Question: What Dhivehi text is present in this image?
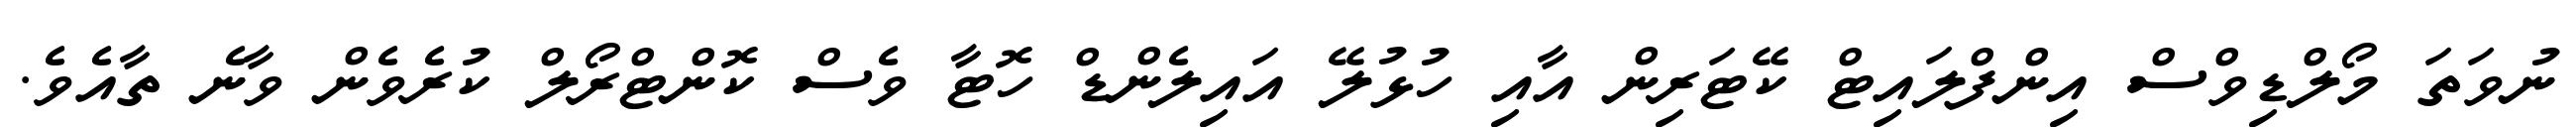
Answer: ނުވަތަ މޯލްޑިވްސް އިންފްލައިޓް ކޭޓަރިން އާއި ހުޅުލޭ އައިލެންޑް ހޮޓާ ވެސް ކޮންޓްރޯލް ކުރެވެން ވާނެ ތާއެވެ.